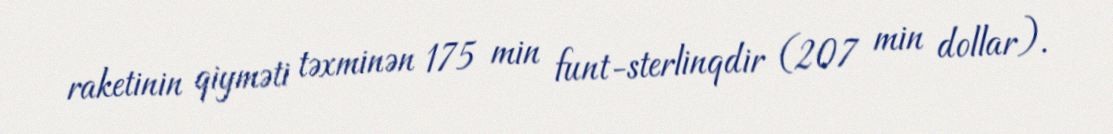
raketinin qiyməti təxminən 175 min funt-sterlinqdir (207 min dollar).